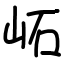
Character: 𡶌